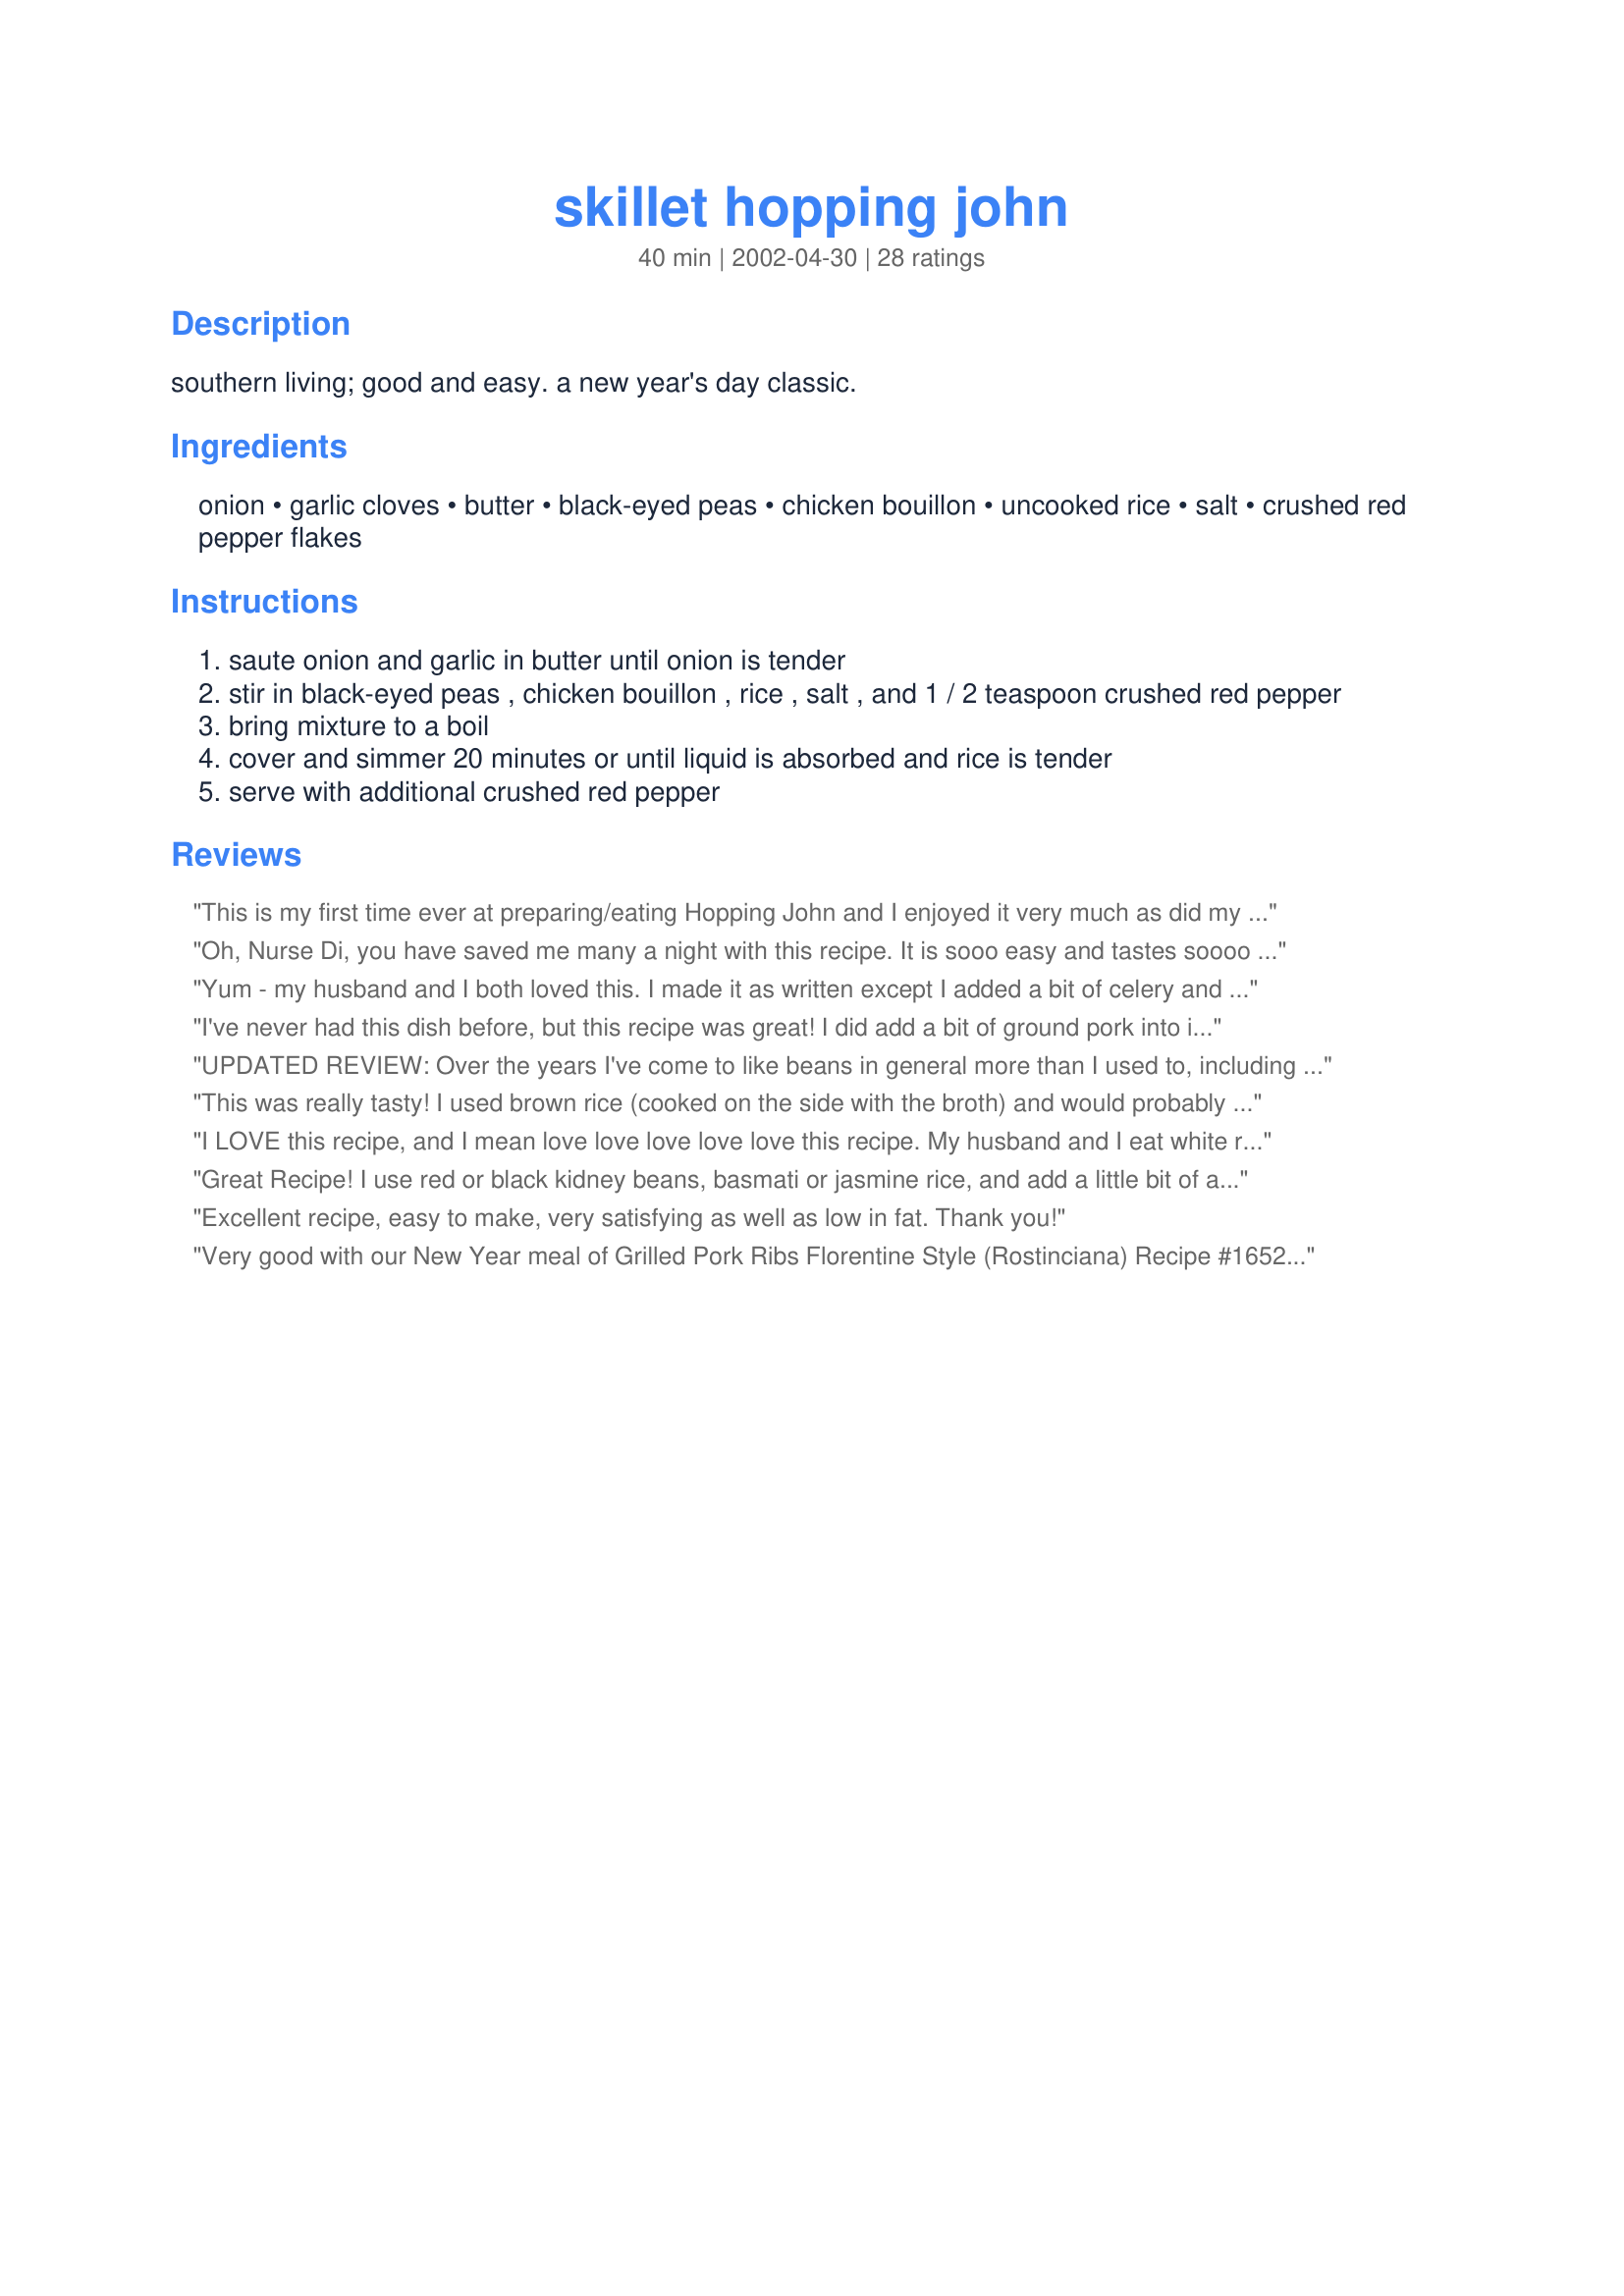
skillet hopping john
Preparation time: 40 minutes

southern living; good and easy. a new year's day classic.

Ingredients:
onion, garlic cloves, butter, black-eyed peas, chicken bouillon, uncooked rice, salt, crushed red pepper flakes

Steps:
saute onion and garlic in butter until onion is tender
stir in black-eyed peas , chicken bouillon , rice , salt , and 1 / 2 teaspoon crushed red pepper
bring mixture to a boil
cover and simmer 20 minutes or until liquid is absorbed and rice is tender
serve with additional crushed red pepper

Reviews:
This is my first time ever at preparing/eating Hopping John and I enjoyed it very much as did my husband. I followed directions as written but I think I added a bit too much liquid because it took far too long for the liquid to be absorbed. Also, I think I checked it too often and stirred too often causing the rice to mush up a bit, my fault of course. I'll be making this again and use a bit less liquid and keep my hands off the lid and I'm sure I'll get a much better result the second time around. The flavor is excellent and the heat level was just perfect, not too hot nor too bland. The directions were excellent, preparation couldn't be easier (leave your hands off the lid while cooking!), great side dish for a quick mid-week meal accompaniment. I served this with Salsa Chicken #27475, another outstanding dish! Thanks NurseDi for shaking up my cooking routine. This will definately be made again and added to my permanent cookbook.
Oh, Nurse Di, you have saved me many a night with this recipe. It is sooo easy and tastes soooo good. I have made this recipe at least 5 times now...another recipe I thought I had already reviewed. Anyway, made it for the first time with brown rice a couple nights ago and it was even better than before, IMO. I also saute' some celery with the onion and garlic and always add a bay leaf along with the beans. I usually only add 1 can of beans and either ham or turkey smoked sausage. The only downside to this recipe is that I always ending up wishing I had made more! DH and I both thank you!
Yum - my husband and I both loved this. I made it as written except I added a bit of celery and fresh spinach, and also a small dab of sauce from a can of chipotle chilis. This makes a lot but it is also easy to eat a lot when something tastes this good. :) I'll certainly make this again. Thank you!
I've never had this dish before, but this recipe was great! I did add a bit of ground pork into it, with the saute of onions and garlic, but this was the only alteration. Will be using this again and again! Thanks for sharing.
UPDATED REVIEW: Over the years I've come to like beans in general more than I used to, including black eyed-peas, and have to say, this recipe is really wicked good. Thank you so much for posting the recipe. We've been having it every New Year ever since I found it, and would happily make it more than once a year, too. ;-)<br/><br/>OLD REVIEW: This was totally edible. That might not sound like much of a compliment, but coming from someone who hates black-eyed peas as much as I do and subjects herself to them once a year only because it's lucky tradition, it is a *huge* compliment! :-) For the most part, I just found it really salty, so I'll try this again next year but maybe using real broth instead of bouillon and adding a bay leaf and some other spice like others have suggested. Thank you for posting a recipe that made a dish I usually dread something not all that bad to look forward to! Happy New Year!
This was really tasty! I used brown rice (cooked on the side with the broth) and would probably reduce the amount next time by half. I added about half a ham steak in chunks, and about a quarter of a red bell pepper.
I LOVE this recipe, and I mean love love love love love this recipe. My husband and I eat white rice 3-4 times a week, but I often get bored. This recipe is incredible! I love that we are getting more beans/fiber into our diet, and I add a chopped red bell pepper to the onion mix, so we are getting more veggies too. We make this once a week, it is so good!
Great Recipe! I use red or black kidney beans, basmati or jasmine rice, and add a little bit of adobo powder as seasoning. It comes out perfect every time. I'm sure any bean would taste delicious in this recipe. What a keeper!
Excellent recipe, easy to make, very satisfying as well as low in fat. Thank you!
Very good with our New Year meal of Grilled Pork Ribs Florentine Style (Rostinciana)
Recipe #165284 (without the salad) and Collard Greens - It's Good for You!
Recipe #99843
DH doesn't love the collards but he enjoyed them mixed in with the Hopping John and even took seconds. Next time I may try the Black Eyed peas with the fat back added in for some extra flavor. Thanks for posting.
Yummy! I also only added one can of beans and it still turned out great. I sauteed celery w/onion as boopster suggested and used brown rice. Thanks for the recipe, Nurse Di.
Nurse Di!
Made this last night. Dahling and I inhaled it! Sauteed some celery with the onion and upped the garlic and chicken broth. Added a bay leaf, 1 tsp hot sauce and a little Italian seasoning, plus some diced ham. Used frozen black-eyes. WOW!!! Thanks a bunch!!!!
We love this! Had it for New Year's and then again tonight "just because" it sounded good. Made it a main dish by starting out with chicken breast strips with the onion and extra, extra garlic. Also added a bay leaf as it simmered. Super meal!!!
This is my favorite new year's day meal. I used frozen black eyed peas and added sliced sausage to make it more of a meal. I also substituted tony chacherie's seasoning for the salt and red pepper. I fried a some bacon and used the drippings instead of the butter. Used a mix of brown and white rice. Yum!
Very good! I added Italian Sausage and some roasted red pepper sauce. We had it for our New Year's Good Luck.
Thanks, Nurse Di!
This recipe was well liked by most everyone at our New Year's Day meal, including an almost two year old and some who normally don't like black eyed peas. Because of a child with dairy allergies, I substitued olive oil for the butter in the saute. The flavor was great and with just a bit of the chili pepper flakes was mild also. Thanks NurseDi for a great recipe.
Enjoyable! I just found a permanent New Year's Day side dish. Thanks, Nurse Di!
Very Tasty dish! My girls, who do not really care for black eye peas, had second helpings!
Thanks for sharing!
Good recipe...made for the New Year's supper along with kale and cornbread. I think I cooked it a little long, so the rice was mushy, but it still tasted great. Served with Tabasco added at the table. Thanks for a great New Year's black-eyed pea recipe! Now hope this brings us good luck! : )
My SO has had Hopping John before,but since I've never eaten it, I thought "Why not give it a shot?".And now after eating this,I wished that I had tried it long before now.Since there were only three of us, I made just half the recipe and it halved just great.This dish went very well the rest of our meal(And as a BTW, this is the first time I've ever used anything but instant rice.)This will be part of our New Year's Day tradition from now on.Thank you so much for posting.:)
This is so good, thanks so much for posting. I have made this the last 2 New Years Day and everyone loves it!
just made this a lil while ago..its really good. i will def. be makin it again.
Simple, delicious, cheap, and healthy. I used olive oil instead of butter and homemade stock. Will make again. Thanks for sharing the recipe!
I made this last night to go with some BBQ chicken and a salad. I like rice and beans anyway, but the onion, garlic, and red peppers made a very tasty combination. My mom is a picky eater (a role reversal from when I was a child!) and she even asked for the recipe. I plan to take the leftovers in my lunch this week, will make a great meatless meal. I will add this to my list of favorite "go with" dishes. Thanks NP Di.
very easy to make and I think you could mix about anything in it.
Excellent taste and so easy! I only had one can of black-eye peas so used it and added a can of black beans. Also added a cup or so of cooked diced ham.
I was sure I posted my 5 stars before but, since I don't see my review, I'll do it again. This dish is outstanding! I now make it on a regular basis. In fact, I crave it on a regular basis. So easy, nutritional and delicious! Wish I could give it a hundred stars. Thank you for sharing!!
I have to admit, I added a few things - I added celery (3 ribs chopped), 3 bay leaves and cubed cooked ham (from ham steaks). I used Better than Bullion with water for the 2c of broth. I also added some cayenne. This was PERFECT! Ralph&#039;s just happened to have a container of cooked black eyed peas so I thought I&#039;d try it. Delicious! I love the texture and flavor of the peas! I did saute&#039; the onion, celery and garlic in about 1Tbsp of bacon fat with 1Tbsp of butter. It got rave reviews!!! Thanks for the recipe!
